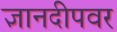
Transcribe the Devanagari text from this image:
ज्ञानदीपवर